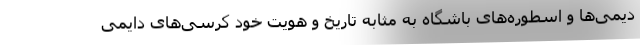
دیمی‌ها و اسطوره‌های باشگاه به مثابه تاریخ و هویت خود کرسی‌های دایمی